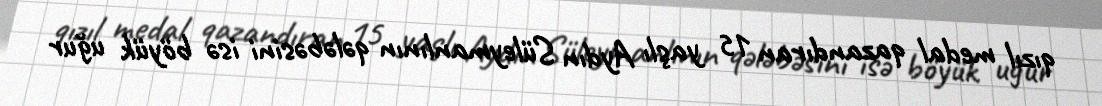
qızıl medal qazandıran 15 yaşlı Aydın Süleymanlının qələbəsini isə böyük uğur